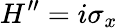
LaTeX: H^{\prime\prime}=i\sigma_{x}